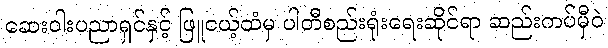
ဆေးဝါးပညာရှင်နှင့် ဖြူငယ့်ထံမှ ပါတီစည်းရုံးရေးဆိုင်ရာ ဆည်းကပ်မှီဝဲ